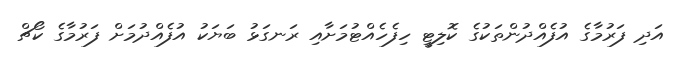
އަދި ފަރުމާގެ އުފެއްދުންތަކުގެ ކޮލިޓީ ހިފެހެއްޓުމަށާއި ރަނގަޅު ބަޔަކު އުފެއްދުމަށް ފަރުމާގެ ކޯޗް